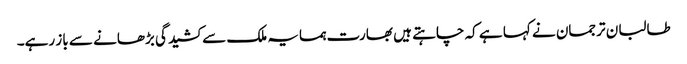
طالبان ترجمان نے کہا ہے کہ چاہتے ہیں بھارت ہمسایہ ملک سے کشیدگی بڑھانے سے باز رہے۔